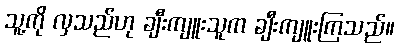
သူ့ကို လှသည်ဟု ချီးကျူးသူက ချီးကျူးကြသည်။